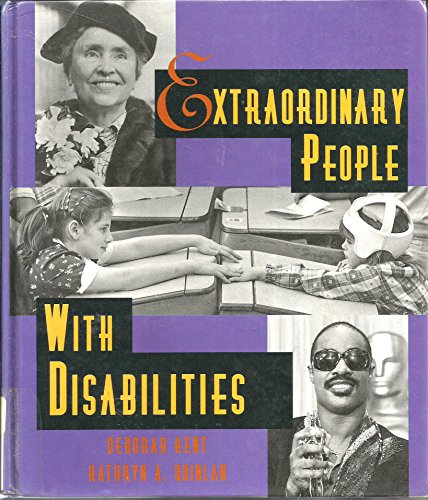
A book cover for Extraordinary People With Disabilities; Deborah Kent; Health, Fitness & Dieting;